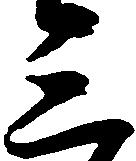
三